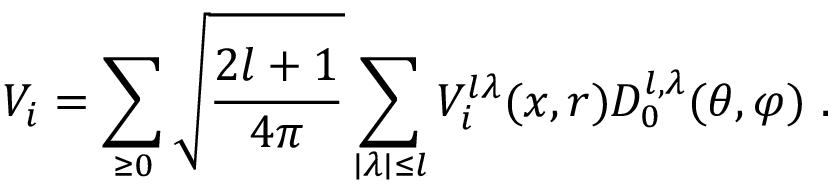
V _ { i } = \sum _ { \geq 0 } \sqrt { \frac { 2 l + 1 } { 4 \pi } } \sum _ { \mid \lambda \mid \leq l } V _ { i } ^ { l \lambda } ( x , r ) D _ { 0 } ^ { l , \lambda } ( \theta , \varphi ) ~ .